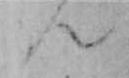
ん